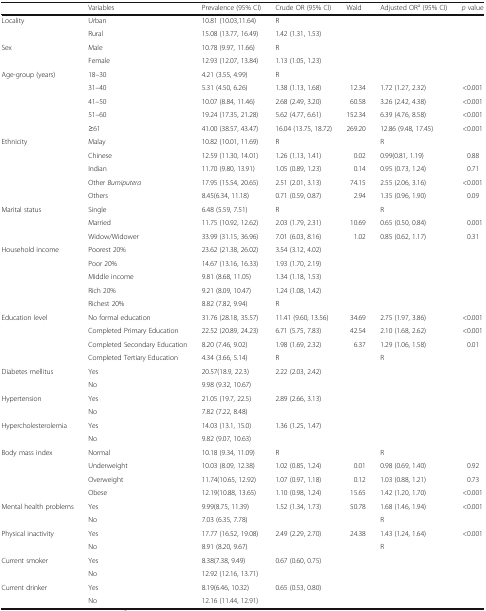
<table><thead><tr><td></td><td><b>Variables</b></td><td><b>Prevalence (95% CI)</b></td><td><b>Crude OR (95% CI)</b></td><td><b>Wald</b></td><td><b>Adjusted OR<sup>a</sup> (95% CI)</b></td><td><b><i>p</i> value</b></td></tr></thead><tbody><tr><td rowspan="2">Locality</td><td>Urban</td><td>10.81 (10.03,11.64)</td><td>R</td><td></td><td></td><td></td></tr><tr><td>Rural</td><td>15.08 (13.77, 16.49)</td><td>1.42 (1.31, 1.53)</td><td></td><td></td><td></td></tr><tr><td rowspan="2">Sex</td><td>Male</td><td>10.78 (9.97, 11.66)</td><td>R</td><td></td><td></td><td></td></tr><tr><td>Female</td><td>12.93 (12.07, 13.84)</td><td>1.13 (1.05, 1.23)</td><td></td><td></td><td></td></tr><tr><td rowspan="5">Age-group (years)</td><td>18–30</td><td>4.21 (3.55, 4.99)</td><td>R</td><td></td><td></td><td></td></tr><tr><td>31–40</td><td>5.31 (4.50, 6.26)</td><td>1.38 (1.13, 1.68)</td><td>12.34</td><td>1.72 (1.27, 2.32)</td><td>&lt;0.001</td></tr><tr><td>41–50</td><td>10.07 (8.84, 11.46)</td><td>2.68 (2.49, 3.20)</td><td>60.58</td><td>3.26 (2.42, 4.38)</td><td>&lt;0.001</td></tr><tr><td>51–60</td><td>19.24 (17.35, 21.28)</td><td>5.62 (4.77, 6.61)</td><td>152.34</td><td>6.39 (4.76, 8.58)</td><td>&lt;0.001</td></tr><tr><td>≥61</td><td>41.00 (38.57, 43.47)</td><td>16.04 (13.75, 18.72)</td><td>269.20</td><td>12.86 (9.48, 17.45)</td><td>&lt;0.001</td></tr><tr><td rowspan="5">Ethnicity</td><td>Malay</td><td>10.82 (10.01, 11.69)</td><td>R</td><td></td><td>R</td><td></td></tr><tr><td>Chinese</td><td>12.59 (11.30, 14.01)</td><td>1.26 (1.13, 1.41)</td><td>0.02</td><td>0.99(0.81, 1.19)</td><td>0.88</td></tr><tr><td>Indian</td><td>11.70 (9.80, 13.91)</td><td>1.05 (0.89, 1.23)</td><td>0.14</td><td>0.95 (0.73, 1.24)</td><td>0.71</td></tr><tr><td>Other <i>Bumiputera</i></td><td>17.95 (15.54, 20.65)</td><td>2.51 (2.01, 3.13)</td><td>74.15</td><td>2.55 (2.06, 3.16)</td><td>&lt;0.001</td></tr><tr><td>Others</td><td>8.45(6.34, 11.18)</td><td>0.71 (0.59, 0.87)</td><td>2.94</td><td>1.35 (0.96, 1.90)</td><td>0.09</td></tr><tr><td rowspan="3">Marital status</td><td>Single</td><td>6.48 (5.59, 7.51)</td><td>R</td><td></td><td>R</td><td></td></tr><tr><td>Married</td><td>11.75 (10.92, 12.62)</td><td>2.03 (1.79, 2.31)</td><td>10.69</td><td>0.65 (0.50, 0.84)</td><td>0.001</td></tr><tr><td>Widow/Widower</td><td>33.99 (31.15, 36.96)</td><td>7.01 (6.03, 8.16)</td><td>1.02</td><td>0.85 (0.62, 1.17)</td><td>0.31</td></tr><tr><td rowspan="5">Household income</td><td>Poorest 20%</td><td>23.62 (21.38, 26.02)</td><td>3.54 (3.12, 4.02)</td><td></td><td></td><td></td></tr><tr><td>Poor 20%</td><td>14.67 (13.16, 16.33)</td><td>1.93 (1.70, 2.19)</td><td></td><td></td><td></td></tr><tr><td>Middle income</td><td>9.81 (8.68, 11.05)</td><td>1.34 (1.18, 1.53)</td><td></td><td></td><td></td></tr><tr><td>Rich 20%</td><td>9.21 (8.09, 10.47)</td><td>1.24 (1.08, 1.42)</td><td></td><td></td><td></td></tr><tr><td>Richest 20%</td><td>8.82 (7.82, 9.94)</td><td>R</td><td></td><td></td><td></td></tr><tr><td rowspan="4">Education level</td><td>No formal education</td><td>31.76 (28.18, 35.57)</td><td>11.41 (9.60, 13.56)</td><td>34.69</td><td>2.75 (1.97, 3.86)</td><td>&lt;0.001</td></tr><tr><td>Completed Primary Education</td><td>22.52 (20.89, 24.23)</td><td>6.71 (5.75, 7.83)</td><td>42.54</td><td>2.10 (1.68, 2.62)</td><td>&lt;0.001</td></tr><tr><td>Completed Secondary Education</td><td>8.20 (7.46, 9.02)</td><td>1.98 (1.69, 2.32)</td><td>6.37</td><td>1.29 (1.06, 1.58)</td><td>0.01</td></tr><tr><td>Completed Tertiary Education</td><td>4.34 (3.66, 5.14)</td><td>R</td><td></td><td>R</td><td></td></tr><tr><td rowspan="2">Diabetes mellitus</td><td>Yes</td><td>20.57(18.9, 22.3)</td><td>2.22 (2.03, 2.42)</td><td></td><td></td><td></td></tr><tr><td>No</td><td>9.98 (9.32, 10.67)</td><td></td><td></td><td></td><td></td></tr><tr><td rowspan="2">Hypertension</td><td>Yes</td><td>21.05 (19.7, 22.5)</td><td>2.89 (2.66, 3.13)</td><td></td><td></td><td></td></tr><tr><td>No</td><td>7.82 (7.22, 8.48)</td><td></td><td></td><td></td><td></td></tr><tr><td rowspan="2">Hypercholesterolemia</td><td>Yes</td><td>14.03 (13.1, 15.0)</td><td>1.36 (1.25, 1.47)</td><td></td><td></td><td></td></tr><tr><td>No</td><td>9.82 (9.07, 10.63)</td><td></td><td></td><td></td><td></td></tr><tr><td rowspan="4">Body mass index</td><td>Normal</td><td>10.18 (9.34, 11.09)</td><td>R</td><td></td><td>R</td><td></td></tr><tr><td>Underweight</td><td>10.03 (8.09, 12.38)</td><td>1.02 (0.85, 1.24)</td><td>0.01</td><td>0.98 (0.69, 1.40)</td><td>0.92</td></tr><tr><td>Overweight</td><td>11.74(10.65, 12.92)</td><td>1.07 (0.97, 1.18)</td><td>0.12</td><td>1.03 (0.88, 1.21)</td><td>0.73</td></tr><tr><td>Obese</td><td>12.19(10.88, 13.65)</td><td>1.10 (0.98, 1.24)</td><td>15.65</td><td>1.42 (1.20, 1.70)</td><td>&lt;0.001</td></tr><tr><td rowspan="2">Mental health problems</td><td>Yes</td><td>9.99(8.75, 11.39)</td><td>1.52 (1.34, 1.73)</td><td>50.78</td><td>1.68 (1.46, 1.94)</td><td>&lt;0.001</td></tr><tr><td>No</td><td>7.03 (6.35, 7.78)</td><td></td><td></td><td>R</td><td></td></tr><tr><td rowspan="2">Physical inactivity</td><td>Yes</td><td>17.77 (16.52, 19.08)</td><td>2.49 (2.29, 2.70)</td><td>24.38</td><td>1.43 (1.24, 1.64)</td><td>&lt;0.001</td></tr><tr><td>No</td><td>8.91 (8.20, 9.67)</td><td></td><td></td><td>R</td><td></td></tr><tr><td rowspan="2">Current smoker</td><td>Yes</td><td>8.38(7.38, 9.49)</td><td>0.67 (0.60, 0.75)</td><td></td><td></td><td></td></tr><tr><td>No</td><td>12.92 (12.16, 13.71)</td><td></td><td></td><td></td><td></td></tr><tr><td rowspan="2">Current drinker</td><td>Yes</td><td>8.19(6.46, 10.32)</td><td>0.65 (0.53, 0.80)</td><td></td><td></td><td></td></tr><tr><td>No</td><td>12.16 (11.44, 12.91)</td><td></td><td></td><td></td><td></td></tr></tbody></table>